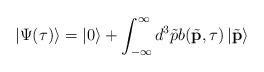
LaTeX: \begin{align*}\left|\Psi(\tau)\right\rangle=\left|0\right\rangle+\int_{-\infty}^{\infty} d^3\tilde{p}b(\tilde{\mathbf{p}},\tau)\left|\tilde{\mathbf{p}}\right\rangle \end{align*}